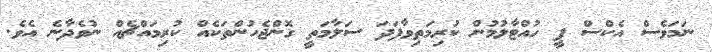
ނަމަވެސް އެކްސް ޕީ ހުއްޓާލުމުން ކުރިމަތިވާފަދަ ސަލާމަތީ ގޮންޖެހުންތަކެއް ކުރިމައްޗެއް ނުވެދާނެ އެވެ.